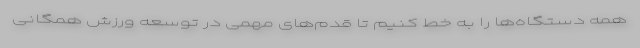
همه دستگاه‌ها را به خط کنیم تا قدم‌های مهمی در توسعه ورزش همگانی